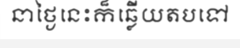
នាថ្ងៃនេះក៏ឆ្លើយតបទៅ